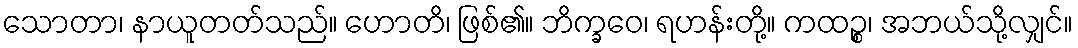
သောတာ၊ နာယူတတ်သည်။ ဟောတိ၊ ဖြစ်၏။ ဘိက္ခဝေ၊ ရဟန်းတို့။ ကထဉ္စ၊ အဘယ်သို့လျှင်။